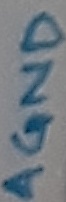
Text: AGND